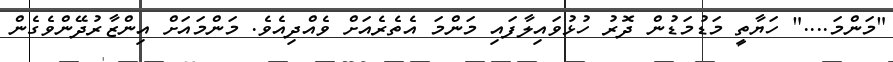
"މަންމަ...." ހަޔާތީ މަޑުމަޑުން ދޮރު ހުޅުވައިލާފައި މަންމަ އެތެރެއަށް ވެއްދިއެވެ. މަންމައަށް އިންޒާރުދޭންވެގެން